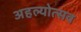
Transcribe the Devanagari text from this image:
अहल्योत्सव